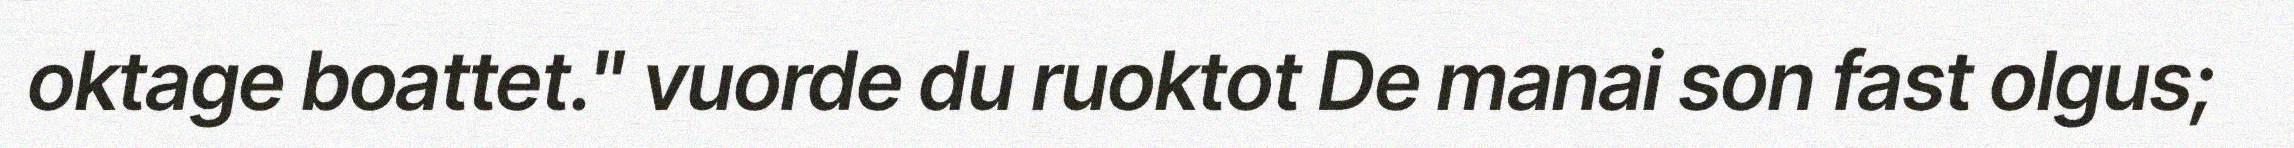
oktage boattet." vuorde du ruoktot De manai son fast olgus;